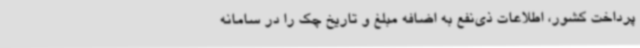
پرداخت کشور، اطلاعات ذی‌نفع به اضافه مبلغ و تاریخ چک را در سامانه